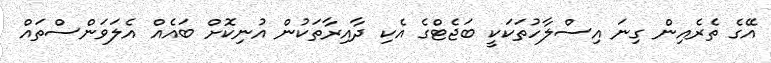
އޭގެ ތެރެއިން ގިނަ އިސްލާހުތަކަކީ ބަޖެޓްގެ އެކި ދާއިރާތަކުން އުނިކޮށް ބައެއް އެލަވަންސްތައް